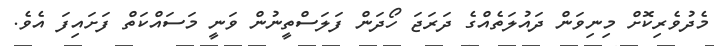
މެދުވެރިކޮށް މިނިވަން ދައުލަތެއްގެ ދަރަޖަ ހޯދަން ފަލަސްތީނުން ވަނީ މަސައްކަތް ފަށައިފަ އެވެ.